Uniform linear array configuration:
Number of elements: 16
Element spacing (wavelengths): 0.25
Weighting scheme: hamming
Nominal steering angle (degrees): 45
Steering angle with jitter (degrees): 44.33
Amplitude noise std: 0.05
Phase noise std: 0.05

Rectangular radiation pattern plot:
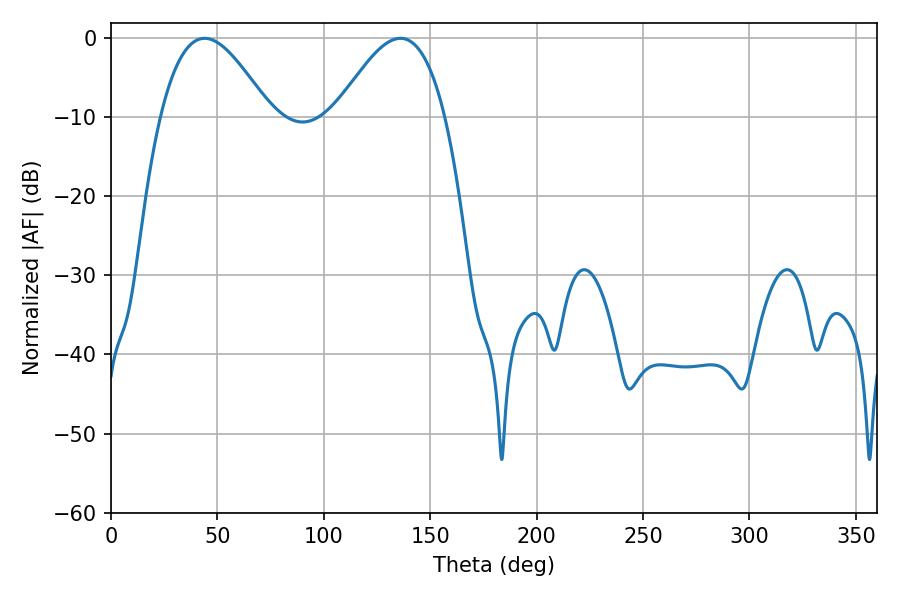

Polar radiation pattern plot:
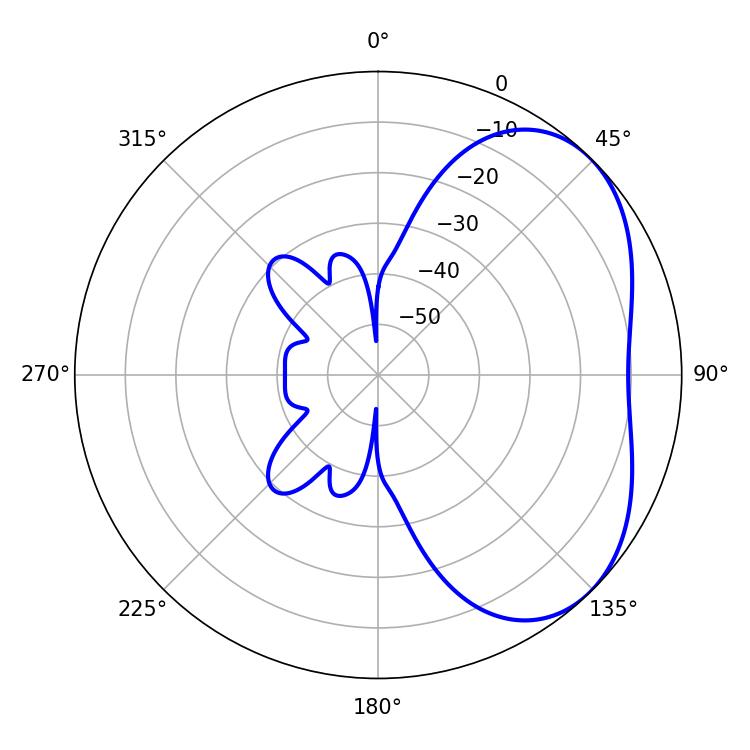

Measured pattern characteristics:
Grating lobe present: FALSE
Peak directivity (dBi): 4.009
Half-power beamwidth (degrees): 27.72
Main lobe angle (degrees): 43.92